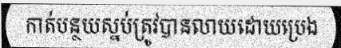
កាត់បន្ថយស្នប់ត្រូវបានលាយដោយប្រេង